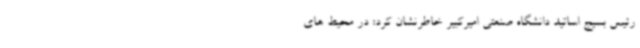
رئیس بسیج اساتید دانشگاه صنعتی امیرکبیر خاطرنشان کرد: در محیط های